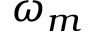
\omega _ { m }